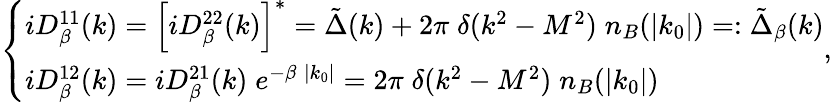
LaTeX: \left\{ \begin{array}{l}{{iD_{\beta}^{11}(k)=\left[iD_{\beta}^{22}(k)\right]^{*}=\tilde{\Delta}(k)+2\pi\; \delta(k^{2}-M^{2})\; n_{B}(|k_{0}|)=:\tilde{\Delta}_{\beta}(k)}}\\ {{iD_{\beta}^{12}(k)=iD_{\beta}^{21}(k)\; e^{-\beta\; |k_{0}|}=2\pi\; \delta(k^{2}-M^{2})\; n_{B}(|k_{0}|)}}\end{array}\right.,